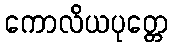
ကောလိယပုတ္တေ